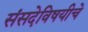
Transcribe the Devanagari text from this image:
संसदेविषयीचे